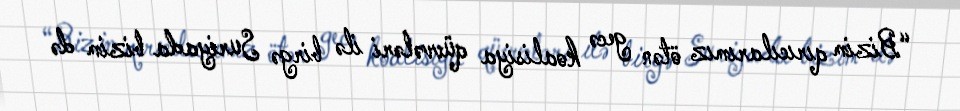
“Bizim qırıcılarımız ötən gecə koalisiya qüvvələri ilə birgə Suriyada bizim də